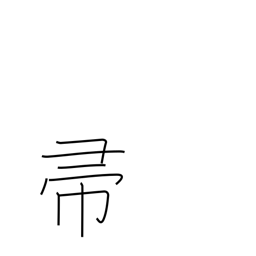
Meaning: broom